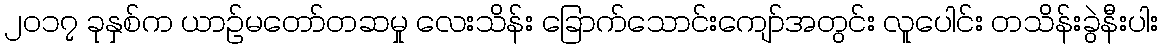
၂၀၁၇ ခုနှစ်က ယာဉ်မတော်တဆမှု လေးသိန်း ခြောက်သောင်းကျော်အတွင်း လူပေါင်း တသိန်းခွဲနီးပါး